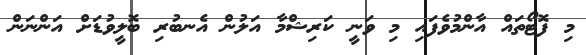
މި ފޮޓޯތައް އާންމުވެފައި މި ވަނީ ކަރިޝްމާ އަލުން އެނބުރި ބޮލީވުޑަށް އަންނަން